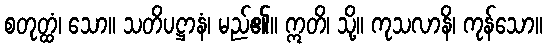
စတုတ္ထံ၊ သော။ သတိပဋ္ဌာနံ၊ မည်၏။ ဣတိ၊ သို့။ ကုသလာနိ၊ ကုန်သော။